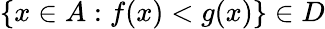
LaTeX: \{ x\in A:f(x)<g(x)\} \in D